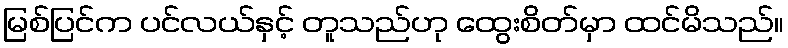
မြစ်ပြင်က ပင်လယ်နှင့် တူသည်ဟု ထွေးစိတ်မှာ ထင်မိသည်။